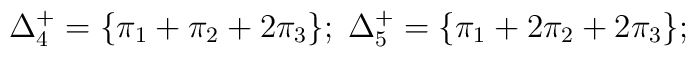
\Delta^+_4=\{ \pi_1+\pi_2+2\pi_3\}; \;\Delta^+_5=\{ \pi_1+2\pi_2+2\pi_3\};